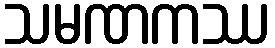
သမဏကဿ